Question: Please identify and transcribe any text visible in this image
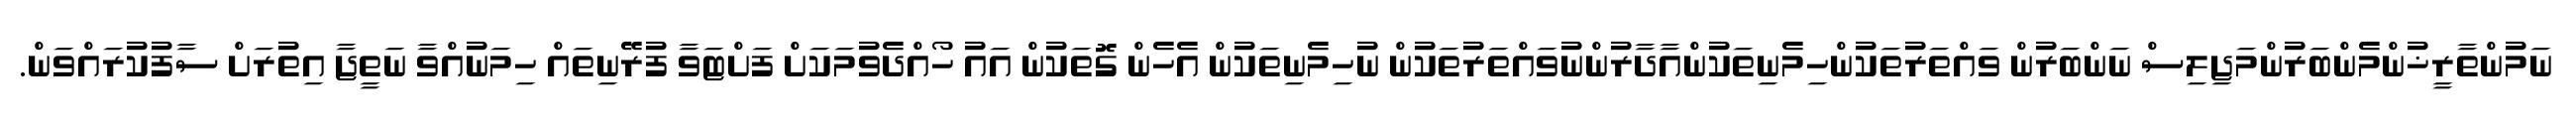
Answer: ނަމުންތާރީޚުންމެންބަރުންމަޖިލިސް ނަންބަރުން ވައްތަރުތަކުންހިމެނިތަކުންއާދާރުންނުވައްތަރުތަކުން ނުހިމެނިތަކުން އެހެން ގޮތަކުން އައު ހޯއްދެވުމަކަށް ފަށްޓަވާ ފުރޭނިތައް ހިމަނުއްވާ ނަތީޖާ އިތުރަށް ސާފުކުރައްވަން.